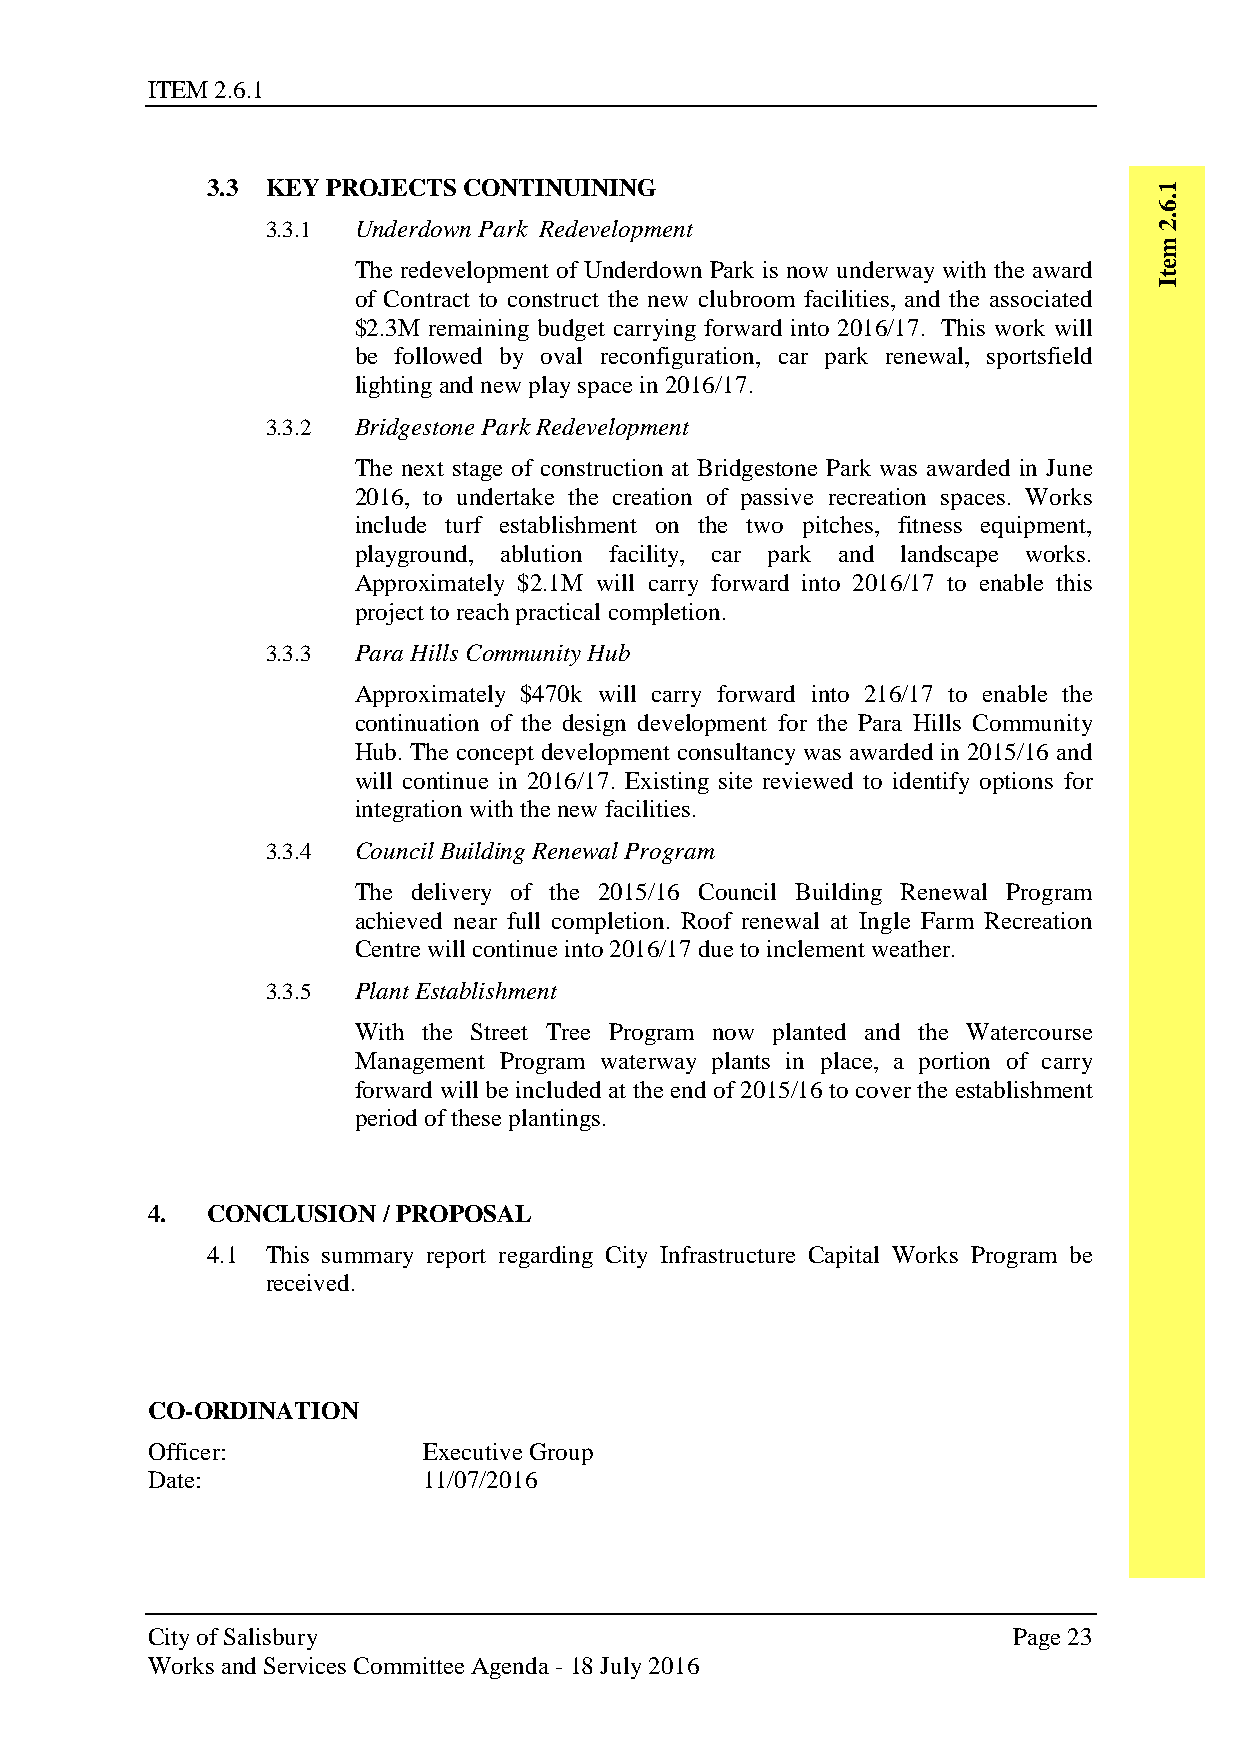
ITEM 2.6.1
 3.3 KEY PROJECTS CONTINUINING                                  1
 .6
 3.3.1 Underdown Park Redevelopment                         .2
 m
 The redevelopment of Underdown Park is now underway with the award e
 t
 I
 of Contract to construct the new clubroom facilities, and the associated
 $2.3M remaining budget carrying forward into 2016/17. This work will
 be followed by oval reconfiguration, car park renewal, sportsfield
 lighting and new play space in 2016/17.
 3.3.2 Bridgestone Park Redevelopment
 The next stage of construction at Bridgestone Park was awarded in June
 2016, to undertake the creation of passive recreation spaces. Works
 include turf establishment on the two pitches, fitness equipment,
 playground, ablution facility, car park and landscape works.
 Approximately $2.1M will carry forward into 2016/17 to enable this
 project to reach practical completion.
 3.3.3 Para Hills Community Hub
 Approximately $470k will carry forward into 216/17 to enable the
 continuation of the design development for the Para Hills Community
 Hub. The concept development consultancy was awarded in 2015/16 and
 will continue in 2016/17. Existing site reviewed to identify options for
 integration with the new facilities.
 3.3.4 Council Building Renewal Program
 The delivery of the 2015/16 Council Building Renewal Program
 achieved near full completion. Roof renewal at Ingle Farm Recreation
 Centre will continue into 2016/17 due to inclement weather.
 3.3.5 Plant Establishment
 With the Street Tree Program now planted and the Watercourse
 Management Program waterway plants in place, a portion of carry
 forward will be included at the end of 2015/16 to cover the establishment
 period of these plantings.
 4.  CONCLUSION / PROPOSAL
 4.1 This summary report regarding City Infrastructure Capital Works Program be
 received.
 CO-ORDINATION
 Officer:          Executive Group
 Date:             11/07/2016
 City of Salisbury                                        Page 23
 Works and Services Committee Agenda - 18 July 2016